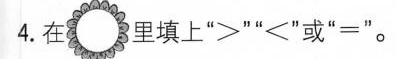
4.在3里填上”>””< ”或”=”。